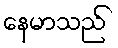
နေမာသည်